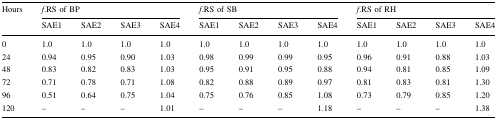
<table><thead><tr><td rowspan="2"><b>Hours</b></td><td colspan="4"><b><i>f</i>.RS of BP</b></td><td colspan="4"><b><i>f</i>.RS of SB</b></td><td colspan="4"><b><i>f</i>.RS of RH</b></td></tr><tr><td><b>SAE1</b></td><td><b>SAE2</b></td><td><b>SAE3</b></td><td><b>SAE4</b></td><td><b>SAE1</b></td><td><b>SAE2</b></td><td><b>SAE3</b></td><td><b>SAE4</b></td><td><b>SAE1</b></td><td><b>SAE2</b></td><td><b>SAE3</b></td><td><b>SAE4</b></td></tr></thead><tbody><tr><td>0</td><td>1.0</td><td>1.0</td><td>1.0</td><td>1.0</td><td>1.0</td><td>1.0</td><td>1.0</td><td>1.0</td><td>1.0</td><td>1.0</td><td>1.0</td><td>1.0</td></tr><tr><td>24</td><td>0.94</td><td>0.95</td><td>0.90</td><td>1.03</td><td>0.98</td><td>0.99</td><td>0.99</td><td>0.95</td><td>0.96</td><td>0.91</td><td>0.88</td><td>1.03</td></tr><tr><td>48</td><td>0.83</td><td>0.82</td><td>0.83</td><td>1.03</td><td>0.95</td><td>0.91</td><td>0.95</td><td>0.88</td><td>0.94</td><td>0.81</td><td>0.85</td><td>1.09</td></tr><tr><td>72</td><td>0.71</td><td>0.78</td><td>0.71</td><td>1.08</td><td>0.82</td><td>0.88</td><td>0.89</td><td>0.97</td><td>0.81</td><td>0.83</td><td>0.81</td><td>1.30</td></tr><tr><td>96</td><td>0.51</td><td>0.64</td><td>0.75</td><td>1.04</td><td>0.75</td><td>0.76</td><td>0.85</td><td>1.08</td><td>0.73</td><td>0.79</td><td>0.85</td><td>1.20</td></tr><tr><td>120</td><td>–</td><td>–</td><td>–</td><td>1.01</td><td>–</td><td>–</td><td>–</td><td>1.18</td><td>–</td><td>–</td><td>–</td><td>1.38</td></tr></tbody></table>